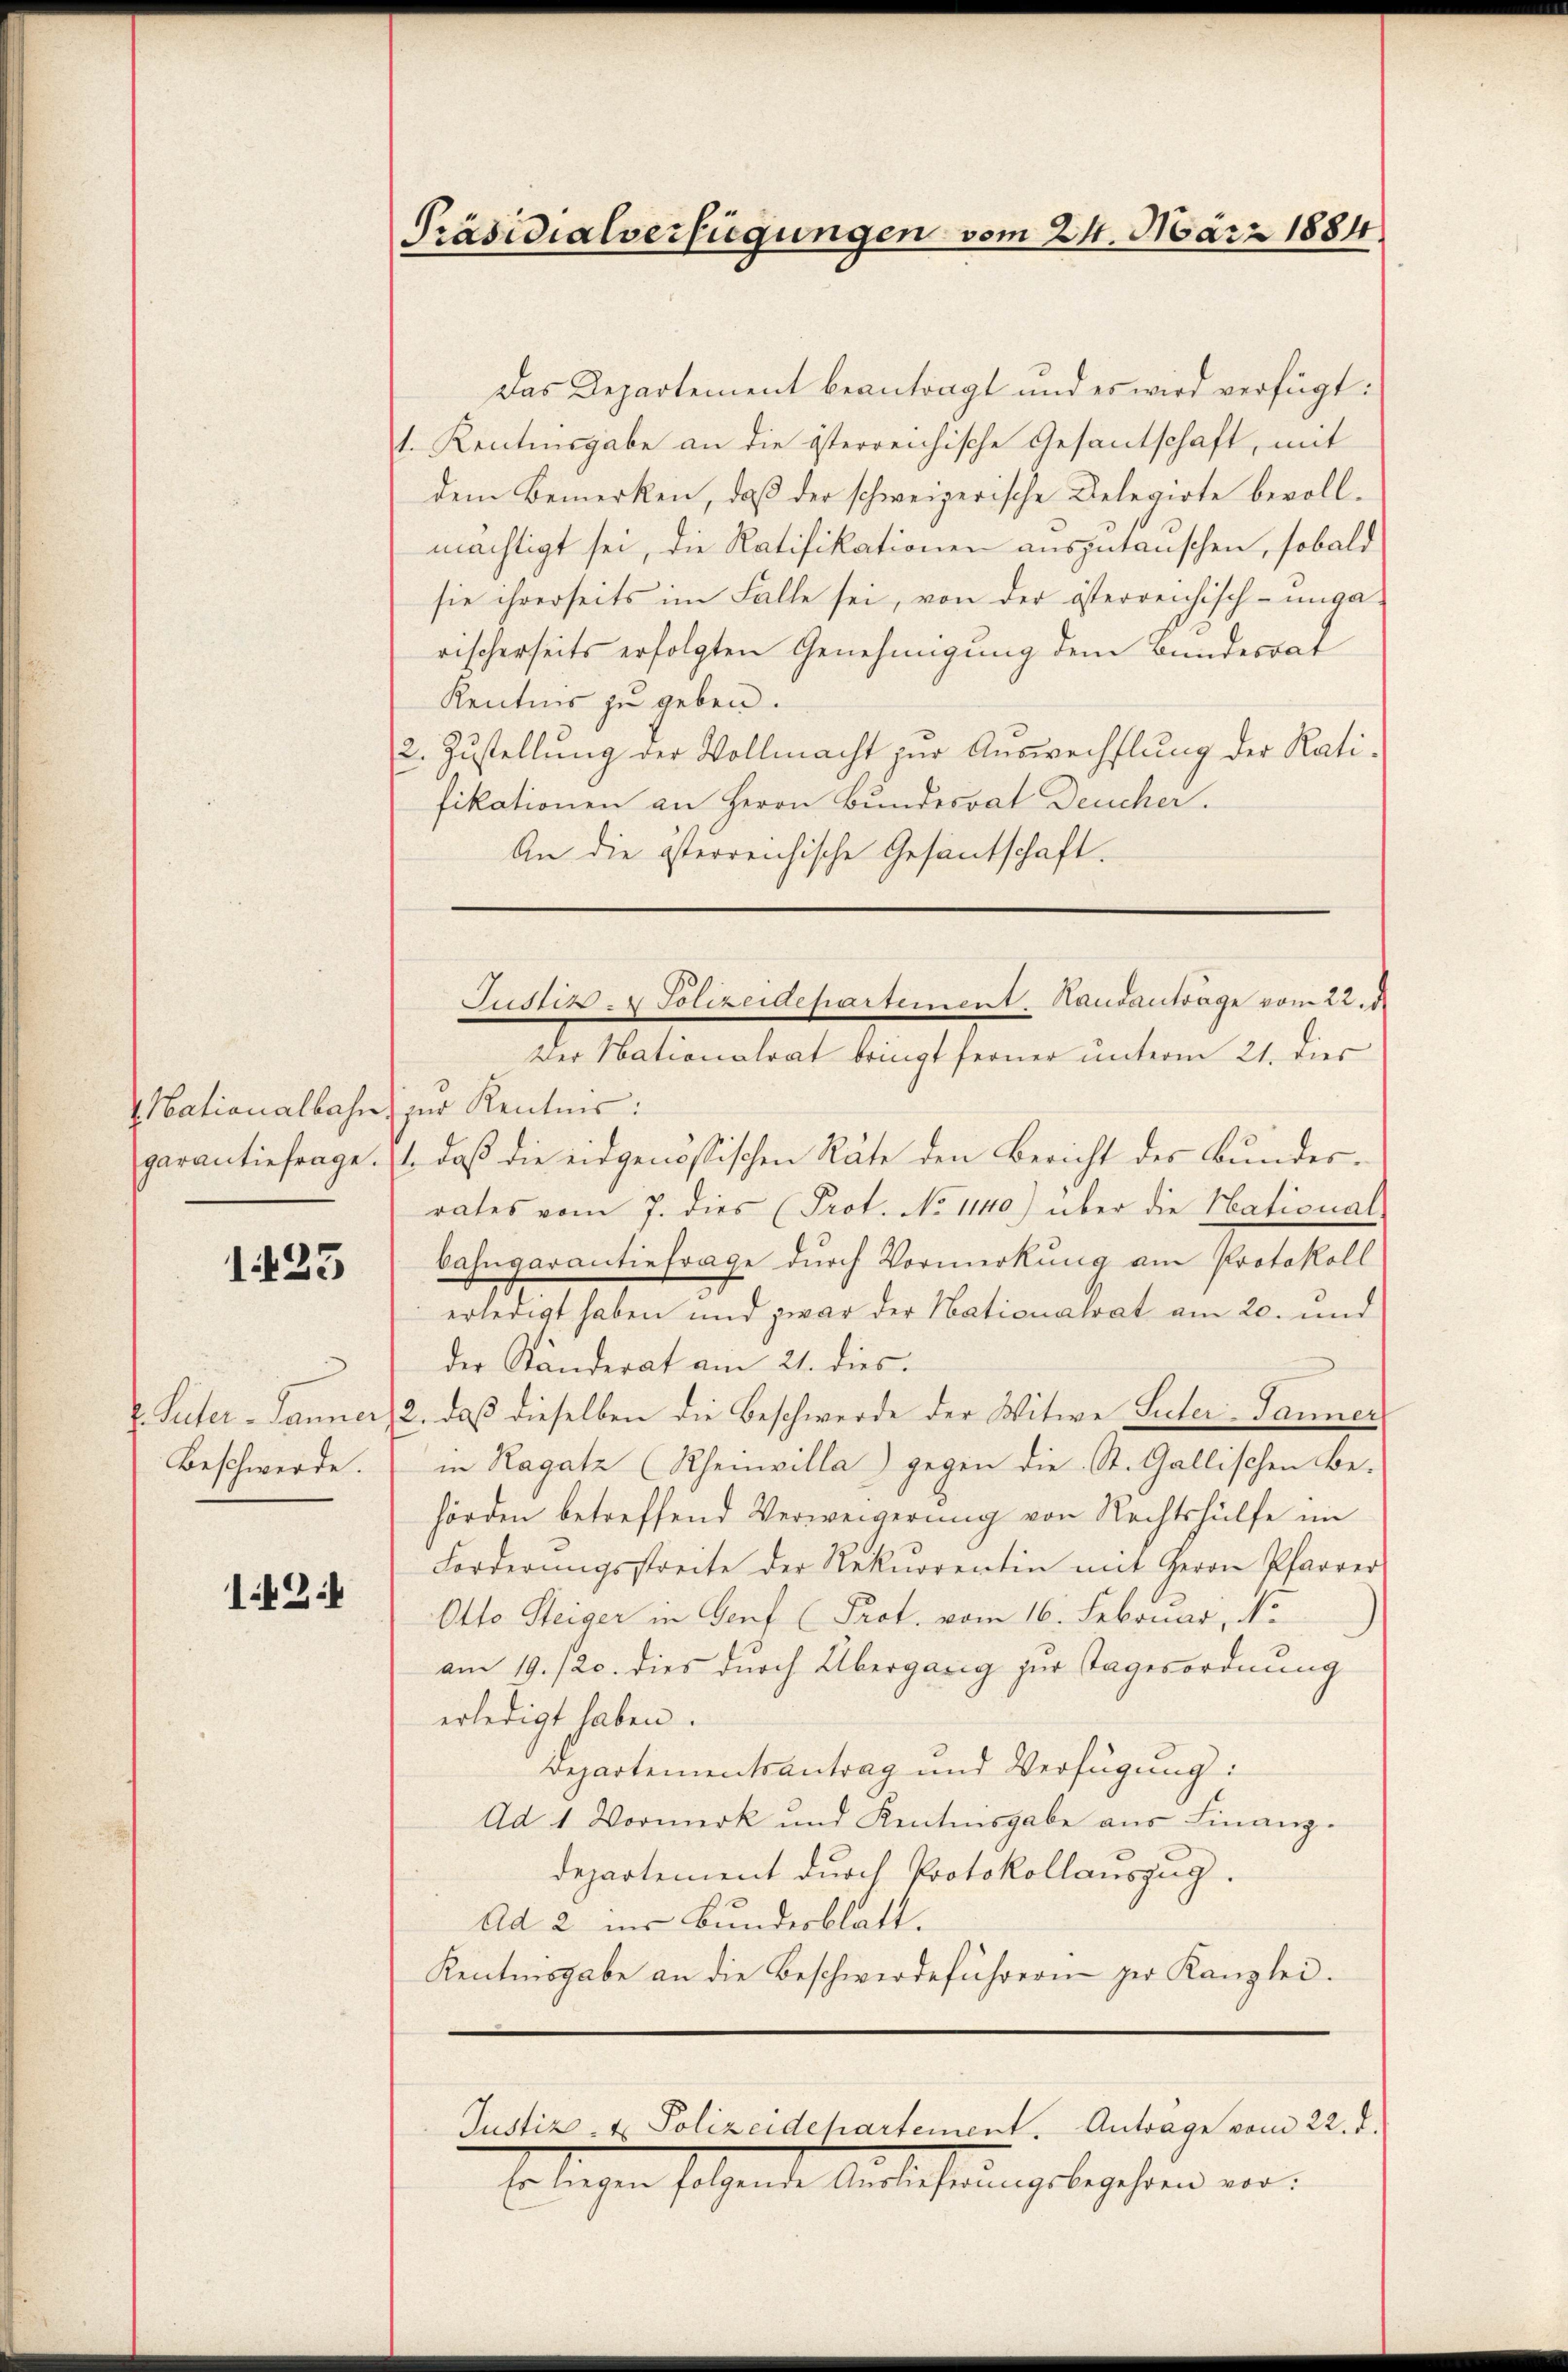
Nationalbahn.

1423

. Peter Lanner
Beschwerde.

12.

Präsidialverfügungen vom 21. März 1884

Das Departement beantragt und es wird verfügt:
1. Kenntnisgabe an die österreichische Gesantschaft, mit
dem Bemerken, daß der schweizerische Relegirte bevollmächtigt sei, die Ratifikationen auszutauschen, sobald
sie ihrerseits im Falle sei, von der österreichisch-unga-
rischerseits erfolgten Genehmigung dem Bundesrat
Kentnis zu geben.
2. Zustellung der Vollmacht zur Auswechslung der Ratifikationen an Herrn Bundesrat Deucher.
An die österreichische Gesandschaft.

zur Kenntnis:
garantiefrage. (s. daß die eidgenössischen Räte den Bericht des Bundesrates vom 7. dies (Prot. No 1140) über die National
bahngarantinfrage durch Vormerkung am Protokoll
3.
erledigt haben und zwar der Nationalrat am 20. und
der Ständerat am 21. dies.
2. daß dieselben die Beschwerde der Witwe Seeler-Tanner
in Ragatz (Rheinvilla) gegen die St. Gallischen Be-
hörden betreffend Verweigerung von Rechtshülfe im
Forderŭngsstreite der Rekurrentin mit Herrn Pfarrer
Otto Steiger in Genf (Prot. vom 16. Februar, No
am 19./20. dies durch Übergang zur Tagesordnung
erledigt haben.
Departementsantrag und Verfügung:
Ad 1 Vormerk und Kentnisgabe aus Finanz-
departement durch Protokollauszug.
Ad 2 ins Bundesblatt.
Kenntnisgabe an die Beschwerdeführern zur Kanzlei.

Justiz - Polizeidepartement. Handanträge vom 22. d.
Der Nationalrat bringt ferner unterm 21. dies

Justiz- & Polizeidehartement. Antrage vom 22. d.

so liegen solchende Aufsicherung begehrend ein